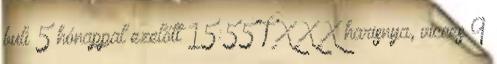
buli 5 hónappal ezelőtt 15:55 TXXX harisnya, vicces 9